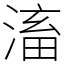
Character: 滀